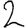
Digit: 2